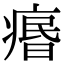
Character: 𤸅